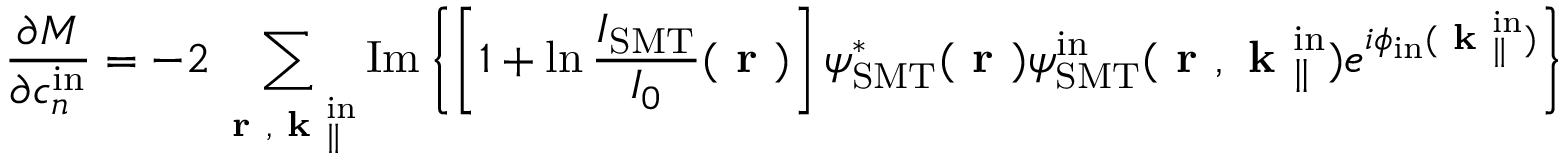
\frac { \partial M } { \partial c _ { n } ^ { \mathrm { i n } } } = - 2 \sum _ { \textbf { r } , \textbf { k } _ { \parallel } ^ { \mathrm { i n } } } \mathrm { I m } \left\{ \left[ 1 + \ln \frac { I _ { \mathrm { S M T } } } { I _ { 0 } } ( \textbf { r } ) \right] \psi _ { \mathrm { S M T } } ^ { * } ( \textbf { r } ) { \psi } _ { \mathrm { S M T } } ^ { \mathrm { i n } } ( \textbf { r } , \textbf { k } _ { \parallel } ^ { \mathrm { i n } } ) e ^ { i \phi _ { \mathrm { i n } } ( \textbf { k } _ { \parallel } ^ { \mathrm { i n } } ) } \right\} Z _ { n } ( \textbf { k } _ { \parallel } ^ { \mathrm { i n } } / k _ { 0 } ^ { \mathrm { m a x } } ) ,